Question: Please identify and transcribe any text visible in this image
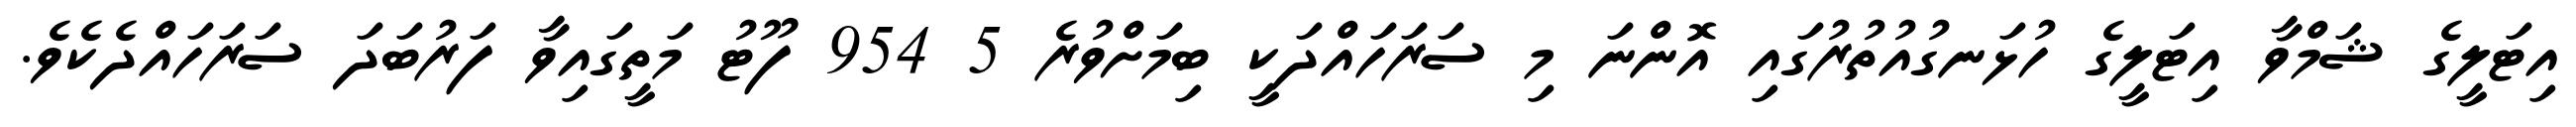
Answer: އިޓަލީގެ ޝަމްވާ އިޓަލީގެ ހުޅަނގުއުތުރުގައި އޮންނަ މި ސަރަހައްދަކީ ބިމަށްވުރެ 5 954 ފޫޓު މަތީގައިވާ ފަރުބަދަ ސަރަހައްދެކެވެ.